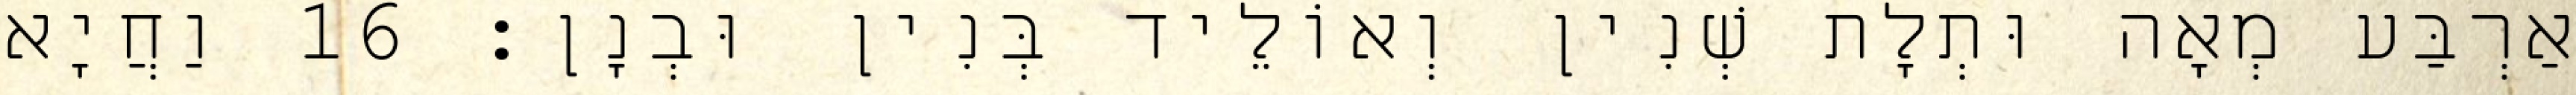
אַרְבַּע מְאָה וּתְלָת שְׁנִין וְאוֹלֵיד בְּנִין וּבְנָן׃ 16 וַחֲיָא